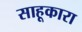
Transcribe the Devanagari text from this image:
साहूकारा